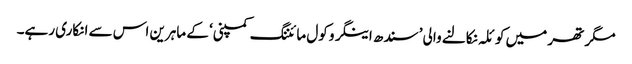
مگر تھر میں کوئلہ نکالنے والی ’سندھ اینگرو کول مائننگ کمپنی‘ کے ماہرین اس سے انکاری رہے۔